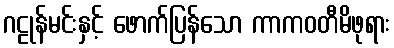
ဂဠုန်မင်းနှင့် ဖောက်ပြန်သော ကာကဝတီမိဖုရား